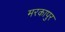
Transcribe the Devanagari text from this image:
मरकापुर